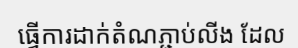
ធ្វើការដាក់តំណភ្ជាប់លីង ដែល